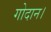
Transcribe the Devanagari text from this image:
गोदान।